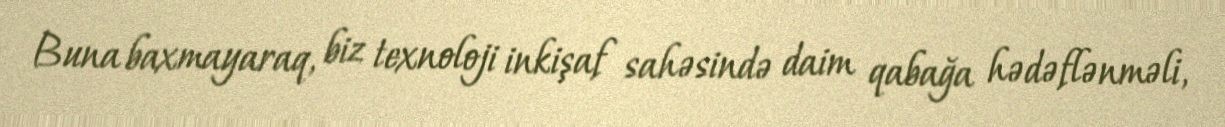
Buna baxmayaraq, biz texnoloji inkişaf sahəsində daim qabağa hədəflənməli,